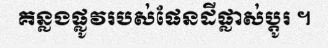
គន្លងផ្លូវរបស់ផែនដីផ្លាស់ប្តូរ ។